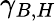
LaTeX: \gamma_{B,H}